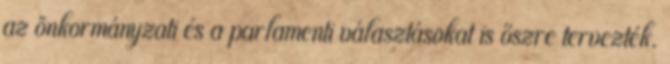
az önkormányzati és a parlamenti választásokat is őszre tervezték.